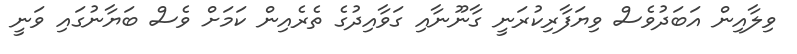
ވިލާއިން އަބަދުވެސް ވިޔަފާރިކުރަނީ ގާނޫނާއި ގަވާއިދުގެ ތެރެއިން ކަމަށް ވެސް ބަޔާނުގައި ވަނީ